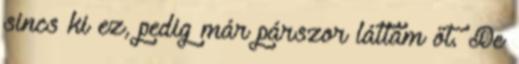
sincs ki ez, pedig már párszor láttam őt. De